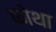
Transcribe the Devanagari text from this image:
कोथा